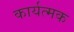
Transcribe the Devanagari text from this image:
कार्यत्मक